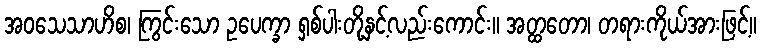
အဝသေသာဟိစ၊ ကြွင်းသော ဥပေက္ခာ ရှစ်ပါးတို့နှင့်လည်းကောင်း။ အတ္ထတော၊ တရားကိုယ်အားဖြင့်။